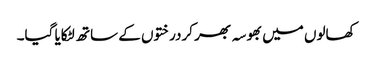
کھالوں میں بھوسہ بھر کردرختوں کے ساتھ لٹکایا گیا۔